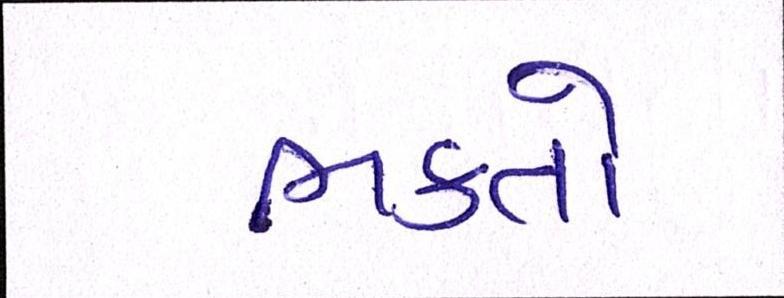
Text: ભક્તો